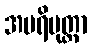
အပရိမုတ္တာ